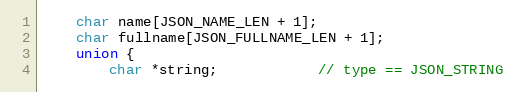
Language: C
    char name[JSON_NAME_LEN + 1];
    char fullname[JSON_FULLNAME_LEN + 1];
    union {
        char *string;			// type == JSON_STRING